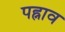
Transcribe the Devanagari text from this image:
पह्नाव